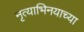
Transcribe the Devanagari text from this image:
नृत्याभिनयाच्या